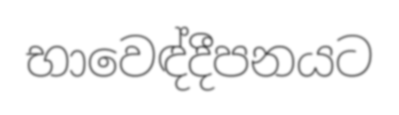
භාවෙඳ්දීපනයට